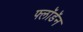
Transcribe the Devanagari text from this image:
फ्लॉडॅन